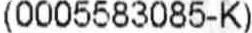
(0005583085-K)